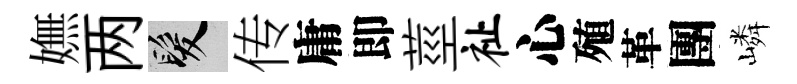
嫵两髮传庸即莖祉心殖革團嶙